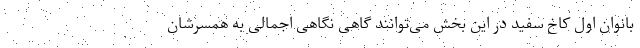
بانوان اول کاخ سفید در این بخش می‌توانند گاهی نگاهی اجمالی به همسرشان